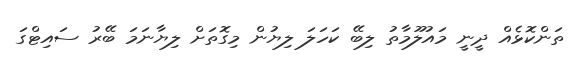
ތަންކޮޅެއް ދީނީ މައުލޫމާތު ލިބޭ ކަހަލަ ލިޔުން މިގޮތަށް ލިޔާނަމަ ބޭރު ސައިޓްގަ